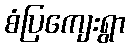
စံပြကျေးရွာ